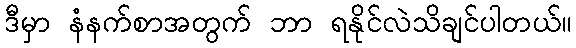
ဒီမှာ နံနက်စာအတွက် ဘာ ရနိုင်လဲသိချင်ပါတယ်။